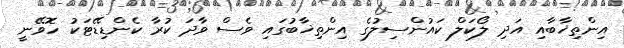
އިންތިޚާބާއި އަދި ލޯކަލް ކައުންސިލުގެ އިންތިޚާބުގައި ވެސް ވާދަ ކުރާ ކެންޑިޑޭޓަކު ހޮވޭނީ